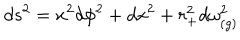
d s ^ { 2 } = x ^ { 2 } d \phi ^ { 2 } + d x ^ { 2 } + r _ { + } ^ { 2 } d \omega _ { ( g ) } ^ { 2 }